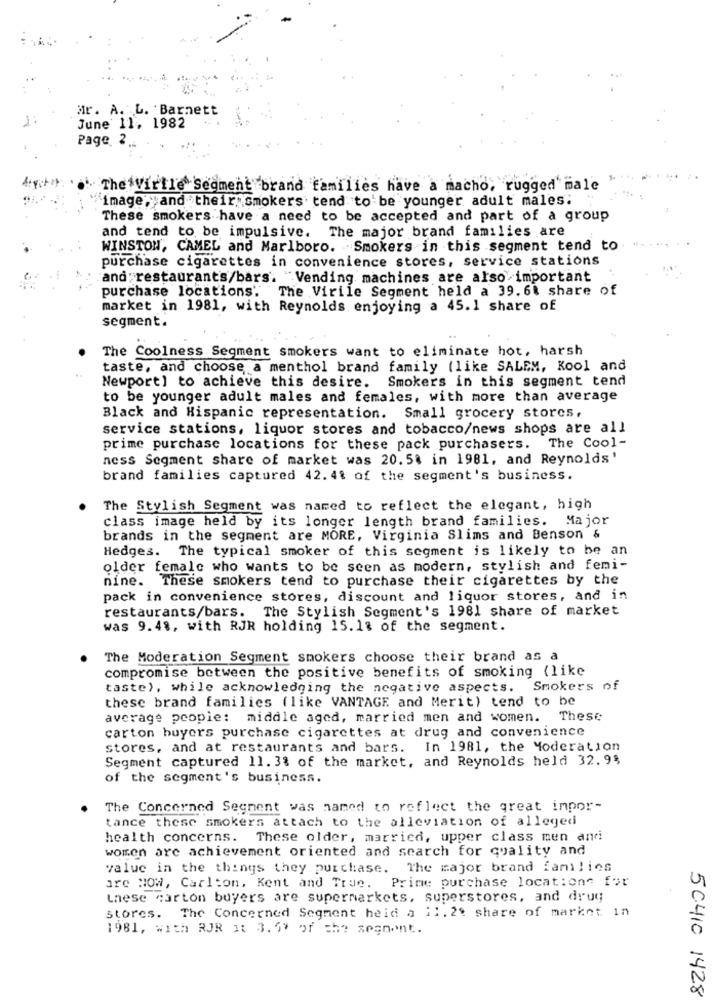
Mr. A. L. Barnett
June 11, 1982
Page 2 ..
The Virtle Segment brand families have a macho, rugged male
image yand their. smokers tend to be younger adult males:
These smokers have a need to be accepted and part of a group
and tend to be impulsive. The major brand families are
WINSTON, CAMEL and Marlboro. Smokers in this segment tend to
purchase cigarettes in convenience stores, service stations
and restaurants/bars. "Vending machines are also important
purchase locations. The Virile Segment held a 39.6. share of
market in 1981, with Reynolds enjoying a 45.1 share of
segment.
The Coolness Segment smokers want to eliminate hot, harsh
taste, and choose a menthol brand family (like SALEM, Kool and
Newport] to achieve this desire. Smokers in this segment tend
to be younger adult males and females, with more than average
Black and Hispanic representation. Small grocery stores,
service stations, liquor stores and tobacco/news shops are all
prime purchase locations for these pack purchasers. The Cool-
ness Segment share of market was 20.5% in 1981, and Reynolds'
brand families captured 42. 41 of the segment's business.
The Stylish Segment was named to reflect the elegant, high
class image held by its longer length brand families. Major
brands in the segment are MORE, Virginia Slims and Benson &
Hedges. The typical smoker of this segment is likely to be an
older female who wants to be seen as modern, stylish and femi-
nine.
These smokers tend to purchase their cigarettes by the
pack in convenience stores, discount and liquor stores, and in
The Stylish Segment's 1981 share of market
restaurants/bars.
was 9.48, with RJR holding 15.18 of the segment.
The Moderation Segment smokers choose their brand as a
compromise between the positive benefits of smoking (like
taste), while acknowledging the negative aspects. Smokers of
these brand families (like VANTAGE and Merit) tend to be
average people: middle aged, married men and women. These
carton buyers purchase cigarettes at drug and convenience
stores, and at restaurants and bars.
In 1981, the Moderation
Segment captured 11. 3% of the market, and Reynolds held 32.9%
of the segment's business.
The Concerned Segment was named to reflect the great impor-
tance these smokers attach to the alleviation of alleged
health concerns. These older, married, upper class men and
women are achievement oriented and search for quality and
value in the things they purchase. The major brand families
ore How, Carlton, Kent and True. Prime purchase locations for
Lnese carton buyers are supermarkets, superstores, and drug
stores. The Concerned Segment heid a 11. 2% share of market in
1981, with RJR at 3.5% of the segnont.
50410 1428